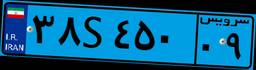
۳۸S۴۵۰۰۹